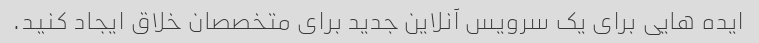
ایده هایی برای یک سرویس آنلاین جدید برای متخصصان خلاق ایجاد کنید.